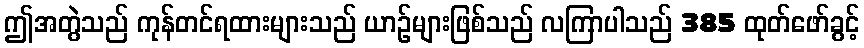
ဤအတွဲသည် ကုန်တင်ရထားများသည် ယာဉ်များဖြစ်သည် လကြာပါသည် 385 ထုတ်ဖော်ခွင့်